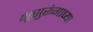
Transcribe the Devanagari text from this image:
भूसुरूंगाच्या